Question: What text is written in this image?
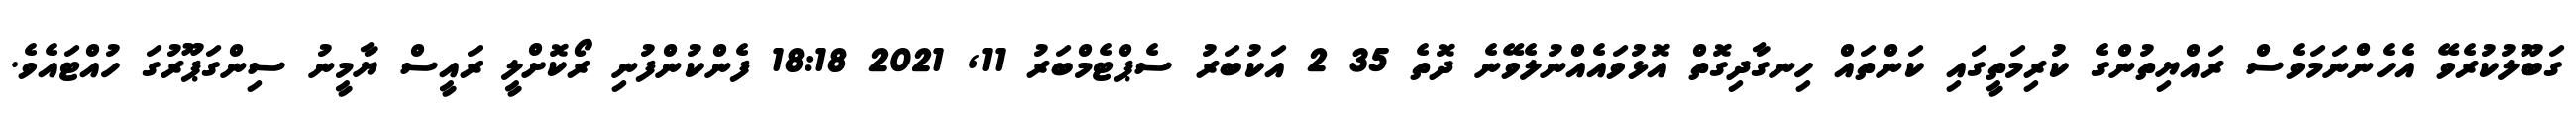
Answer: ގަބޫލުކުރެވޭ އެހެންނަމަވެސް ރައްޔިތުންގެ ކުރިމަތީގައި ކަންތައް ހިނގާދިގޮތް އޮޅުވައެއްނުލެވޭނެ ދޮތެ 35 2 އަކުބަރު ސެޕްޓެމްބަރު 11, 2021 18:18 ފެންކުންފުނި ރޯކޮށްލީ ރައީސް ޔާމީނު ސިންގަޕޫރުގަ ހުއްޓައެވެ.